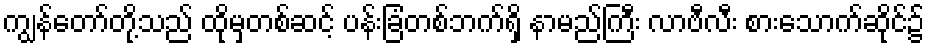
ကျွန်တော်တို့သည် ထိုမှတစ်ဆင့် ပန်းခြံတစ်ဘက်ရှိ နာမည်ကြီး လာဗီလီး စားသောက်ဆိုင်၌